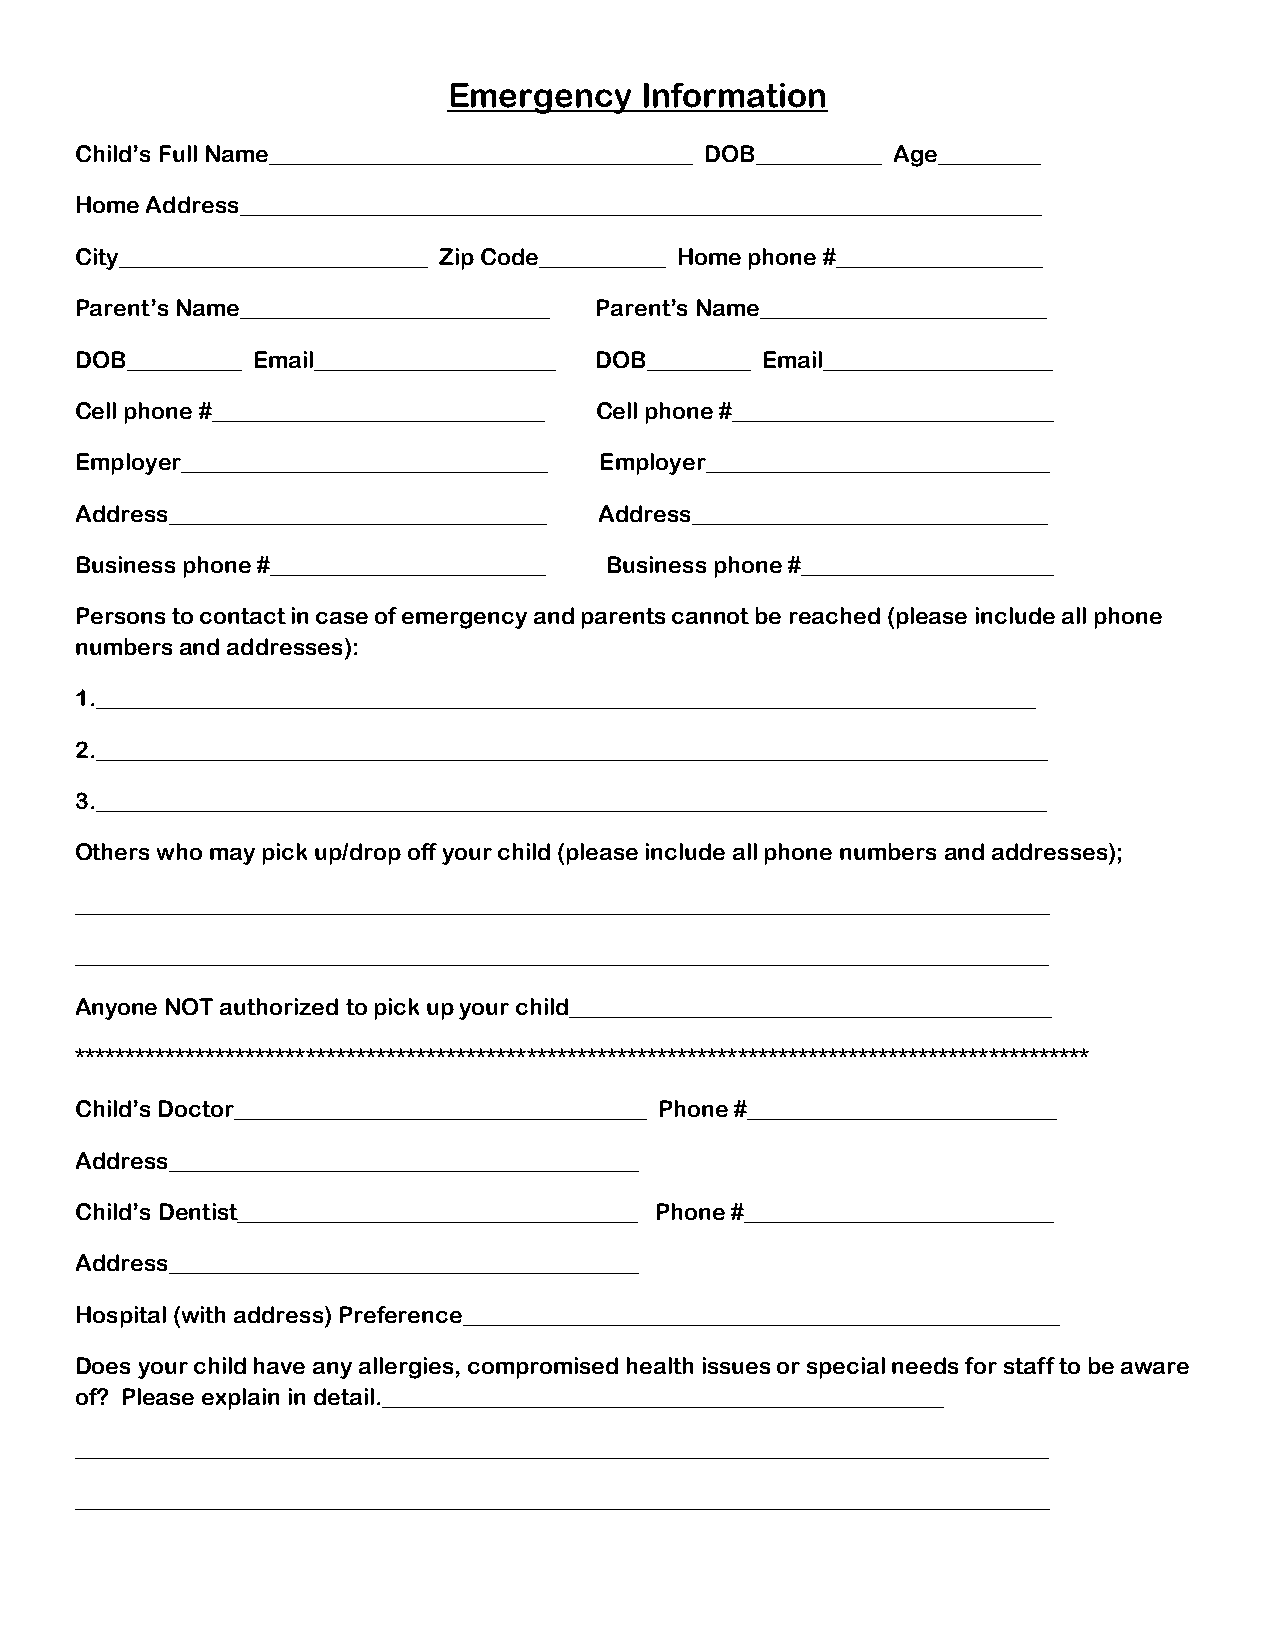
Emergency   Information
 Child’s Full Name_____________________________________ DOB___________ Age_________
 Home Address______________________________________________________________________
 City___________________________ Zip Code___________ Home phone #__________________
 Parent’s Name___________________________ Parent’s Name_________________________
 DOB__________ Email_____________________ DOB_________ Email____________________
 Cell phone #_____________________________ Cell phone #____________________________
 Employer________________________________ Employer______________________________
 Address_________________________________ Address_______________________________
 Business phone #________________________ Business phone #______________________
 Persons to contact in case of emergency and parents cannot be reached (please include all phone
 numbers and addresses):
 1.__________________________________________________________________________________
 2.___________________________________________________________________________________
 3.___________________________________________________________________________________
 Others who may pick up/drop off your child (please include all phone numbers and addresses);
 _____________________________________________________________________________________
 _____________________________________________________________________________________
 Anyone NOT authorized to pick up your child__________________________________________
 *****************************************************************************************************
 Child’s Doctor____________________________________ Phone #___________________________
 Address_________________________________________
 Child’s Dentist___________________________________ Phone #___________________________
 Address_________________________________________
 Hospital (with address) Preference____________________________________________________
 Does your child have any allergies, compromised health issues or special needs for staff to be aware
 of? Please explain in detail._________________________________________________
 _____________________________________________________________________________________
 _____________________________________________________________________________________